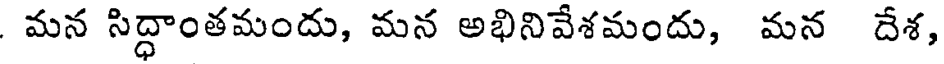
మన సిద్ధాంతమందు, మన అభినివేశమందు, మన దేశ,